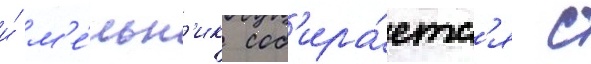
и́ м'е́льн'ик соб'ира́етс'я с